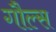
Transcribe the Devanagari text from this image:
गौल्स